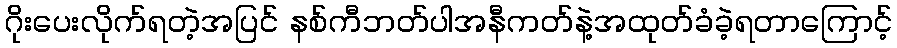
ဂိုးပေးလိုက်ရတဲ့အပြင် နစ်ကီဘတ်ပါအနီကတ်နဲ့အထုတ်ခံခဲ့ရတာကြောင့်